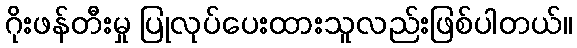
ဂိုးဖန်တီးမှု ပြုလုပ်ပေးထားသူလည်းဖြစ်ပါတယ်။